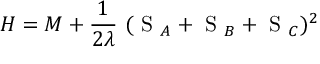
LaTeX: H = M + \frac { 1 } { 2 \lambda } ~ ( \mathrm { \boldmath ~ S ~ } _ { A } + \mathrm { \boldmath ~ S ~ } _ { B } + \mathrm { \boldmath ~ S ~ } _ { C } ) ^ { 2 }